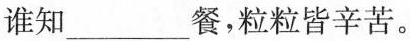
谁知___餐，粒粒皆辛苦。